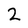
Character: 2